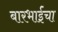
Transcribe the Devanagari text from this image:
बारभाईंचा